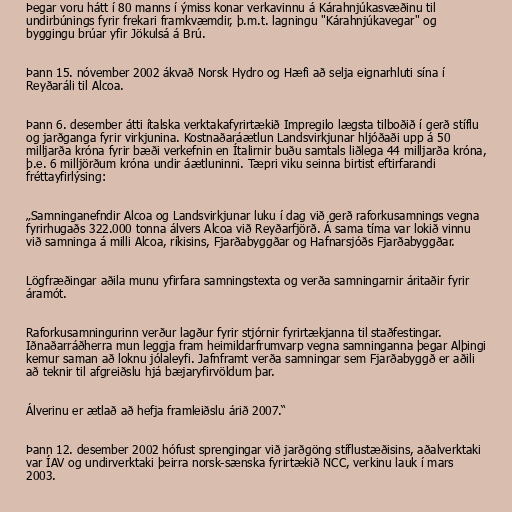
Þegar voru hátt í 80 manns í ýmiss konar verkavinnu á Kárahnjúkasvæðinu til
undirbúnings fyrir frekari framkvæmdir, þ.m.t. lagningu "Kárahnjúkavegar" og
byggingu brúar yfir Jökulsá á Brú.

Þann 15. nóvember 2002 ákvað Norsk Hydro og Hæfi að selja eignarhluti sína í
Reyðaráli til Alcoa.

Þann 6. desember átti ítalska verktakafyrirtækið Impregilo lægsta tilboðið í gerð stíflu
og jarðganga fyrir virkjunina. Kostnaðaráætlun Landsvirkjunar hljóðaði upp á 50
milljarða króna fyrir bæði verkefnin en Ítalirnir buðu samtals liðlega 44 milljarða króna,
þ.e. 6 milljörðum króna undir áætluninni. Tæpri viku seinna birtist eftirfarandi
fréttayfirlýsing:

„Samninganefndir Alcoa og Landsvirkjunar luku í dag við gerð raforkusamnings vegna
fyrirhugaðs 322.000 tonna álvers Alcoa við Reyðarfjörð. Á sama tíma var lokið vinnu
við samninga á milli Alcoa, ríkisins, Fjarðabyggðar og Hafnarsjóðs Fjarðabyggðar.

Lögfræðingar aðila munu yfirfara samningstexta og verða samningarnir áritaðir fyrir
áramót.

Raforkusamningurinn verður lagður fyrir stjórnir fyrirtækjanna til staðfestingar.
Iðnaðarráðherra mun leggja fram heimildarfrumvarp vegna samninganna þegar Alþingi
kemur saman að loknu jólaleyfi. Jafnframt verða samningar sem Fjarðabyggð er aðili
að teknir til afgreiðslu hjá bæjaryfirvöldum þar.

Álverinu er ætlað að hefja framleiðslu árið 2007.“

Þann 12. desember 2002 hófust sprengingar við jarðgöng stíflustæðisins, aðalverktaki
var ÍAV og undirverktaki þeirra norsk-sænska fyrirtækið NCC, verkinu lauk í mars
2003.